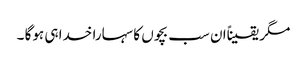
مگر یقیناًان سب بچوں کا سہارا خدا ہی ہوگا ۔